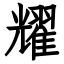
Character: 耀